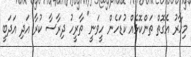
މިހާރު އެގޮތް ތަންކޮޅެއް ކުޑަހެން ހީވަނީ" ތާރީހު ދިރާސާ ކުރާ އަދި އަދަބީ